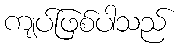
ကျပ်ဖြစ်ပါသည်